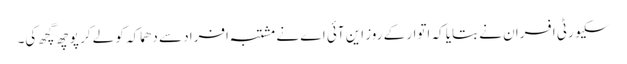
سکیورٹی افسران نے بتایا کہ اتوار کے روز این آئی اے نے مشتبہ افراد سے دھماکہ کو لے کر پوچھ گچھ کی۔